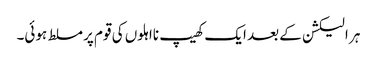
ہر الیکشن کے بعد ایک کھیپ نااہلوں کی قوم پر مسلط ہوئی۔